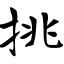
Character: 挑